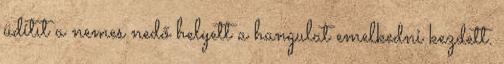
üdítıt a nemes nedő helyett a hangulat emelkedni kezdett.